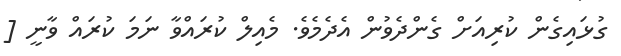
ގުޅައިގެން ކުރިއަށް ގެންދެވުން އެދެމެވެ. މެއިލް ކުރައްވާ ނަމަ ކުރައް ވާނީ [